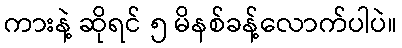
ကားနဲ့ ဆိုရင် ၅ မိနစ်ခန့်လောက်ပါပဲ။